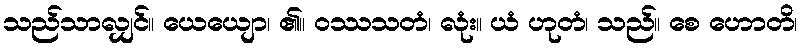
သည်သာလျှင်။ ယေယျော၊ ၏။ ဝဿသတံ၊ လုံး။ ယံ ဟုတံ၊ သည်။ စေ ဟောတိ၊